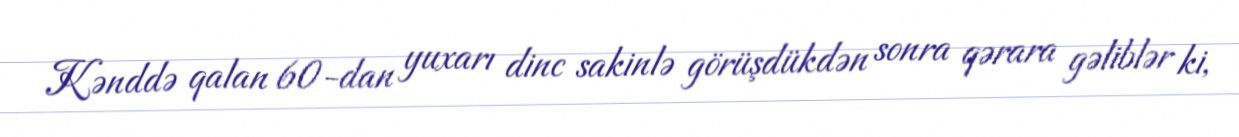
Kənddə qalan 60-dan yuxarı dinc sakinlə görüşdükdən sonra qərara gəliblər ki,